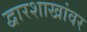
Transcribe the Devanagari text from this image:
द्वारशाखांवर